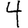
Digit: 4